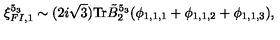
\xi _ { F I , 1 } ^ { 5 _ { 3 } } \sim ( 2 i \sqrt { 3 } ) \mathrm { T r } \tilde { B } _ { 2 } ^ { 5 _ { 3 } } ( \phi _ { 1 , 1 , 1 } + \phi _ { 1 , 1 , 2 } + \phi _ { 1 , 1 , 3 } ) ,